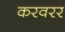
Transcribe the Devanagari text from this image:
करवरर